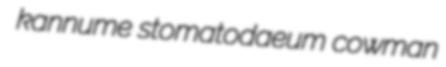
kannume stomatodaeum cowman